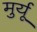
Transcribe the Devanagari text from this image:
मुर्यू